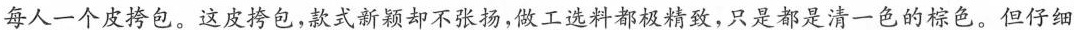
每人一个皮包。这皮冷包，式新颖却不张扬，做工遶料都极精致，只是都是清-色的棕色。但仔细